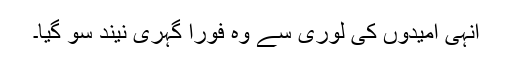
انہی اُمیدوں کی لوری سے وہ فوراً گہری نیند سو گیا۔